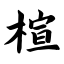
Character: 楦